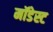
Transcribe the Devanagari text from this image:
मॉडेस्ट